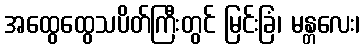
အထွေထွေသပိတ်ကြီးတွင် မြင်းခြံ၊ မန္တလေး၊